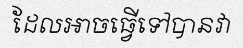
ដែលអាចធ្វើទៅបានវា